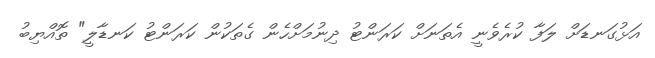
އަޅުގަނޑަށް ލަފާ ކުރެވެނީ އެތަނަށް ކަރަންޓު ދިނުމަށްހެން ގެތަކުން ކަރަންޓު ކަނޑާލީ" ތޮއްޔިބު